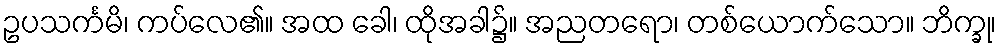
ဥပသင်္ကမိ၊ ကပ်လေ၏။ အထ ခေါ၊ ထိုအခါ၌။ အညတရော၊ တစ်ယောက်သော။ ဘိက္ခု၊